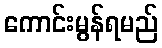
ကောင်းမွန်ရမည်